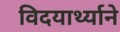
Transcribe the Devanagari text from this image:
विदयार्थ्‍याने